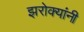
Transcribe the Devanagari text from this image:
झरोक्यांनी